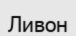
Ливон